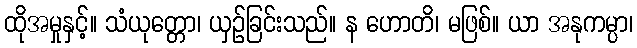
ထိုအမှုနှင့်။ သံယုတ္တော၊ ယှဉ်ခြင်းသည်။ န ဟောတိ၊ မဖြစ်။ ယာ အနုကမ္ပာ၊